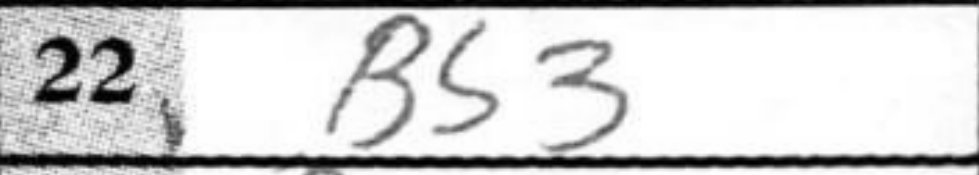
Transcription: Bb3